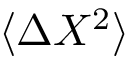
\langle \Delta X ^ { 2 } \rangle